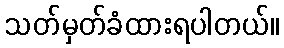
သတ်မှတ်ခံထားရပါတယ်။